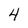
Character: 4